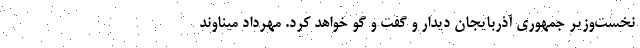
نخست‌وزیر جمهوری آذربایجان دیدار و گفت و گو خواهد کرد. مهرداد میناوند